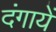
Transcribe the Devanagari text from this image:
दंगायें